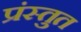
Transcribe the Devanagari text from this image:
प्रंस्तुत